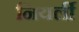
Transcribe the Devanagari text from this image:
नियर्ली